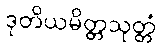
ဒုတိယမိတ္တသုတ္တံ